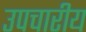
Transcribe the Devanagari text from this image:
उपचारीय